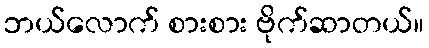
ဘယ်လောက် စားစား ဗိုက်ဆာတယ်။